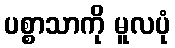
ပစ္စာသာကို မူလပုံ